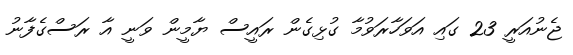
ޖެނުއަރީ 23 ގައި އަވަހާރަވުމާ ގުޅިގެން ރައީސް ޔާމީން ވަނީ އާ ރަސްގެފާނު